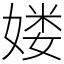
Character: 𡞱